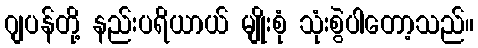
ဂျပန်တို့ နည်းပရိယာယ် မျိုးစုံ သုံးစွဲပါတော့သည်။